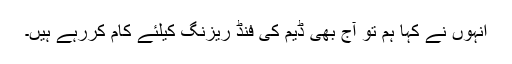
انہوں نے کہا ہم تو آج بھی ڈیم کی فنڈ ریزنگ کیلئے کام کررہے ہیں۔